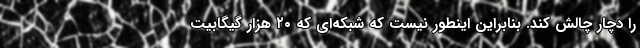
را دچار چالش کند. بنابراین اینطور نیست که شبکه‌ای که ۲۰ هزار گیگابیت